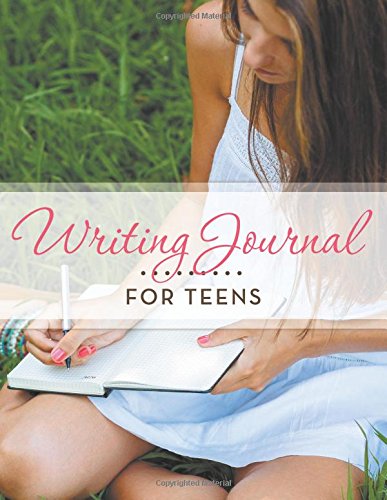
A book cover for Writing Journal For Teens; Speedy Publishing LLC; Literature & Fiction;